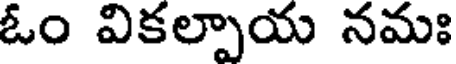
ఓం వికల్పాయ నమః